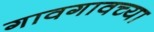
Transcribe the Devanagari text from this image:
गावगावच्या